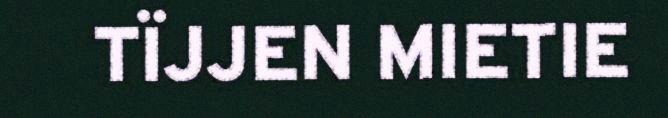
TÏJJEN MIETIE